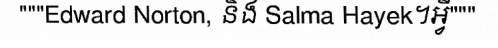
"""Edward Norton, និង Salma Hayek។អ្វី"""